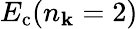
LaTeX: E_{\mathrm{c}}(n_{\mathbf k}=2)